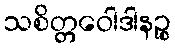
သစိတ္တဝေါဒါနဉ္စ